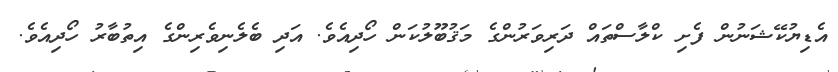
އެޑިޔުކޭޝަނުން ފެށި ކްލާސްތައް ދަރިވަރުންގެ މަޤުބޫލުކަން ހޯދިއެވެ. އަދި ބެލެނިވެރިންގެ އިތުބާރު ހޯދިއެވެ.